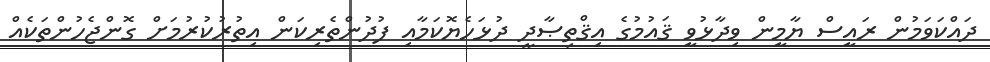
ދައްކަވަމުން ރައީސް ޔާމީން ވިދާޅުވީ ޤައުމުގެ އިޤްތިޞާދީ ދުޅަހެޔޮކަމާއި ފުދުންތެރިކަން އިތުރުކުރުމަށް ގޮންޖެހުންތަކެއް